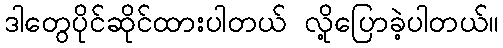
ဒါတွေပိုင်ဆိုင်ထားပါတယ် လို့ပြောခဲ့ပါတယ်။